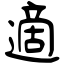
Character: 適